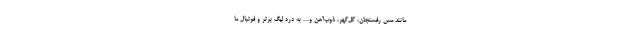
مانند مس رفسنجان، گل‌گهر، ذوب‌آهن و... به درد لیگ برتر و فوتبال ما